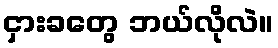
ငှားခတွေ ဘယ်လိုလဲ။